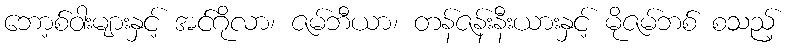
ဘော့စ်ဝါးများနှင့် အင်ဂိုလာ၊ ဇမ်ဘီယာ၊ တန်ဇန်းနီးယားနှင့် မိုဇမ်ဘစ် စသည့်